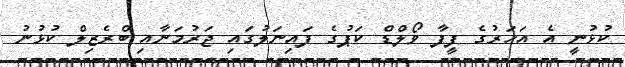
ކުޅުނީ އެ އަހަރުގެ ފީފާ ވޯލްޑް ކަޕުގެ ފައިނަލުގައި ޖަރުމަނާއި ބްރެޒިލް ކުޅުނު